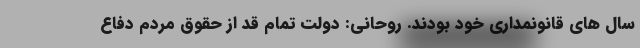
سال های قانونمداری خود بودند. روحانی: دولت تمام قد از حقوق مردم دفاع